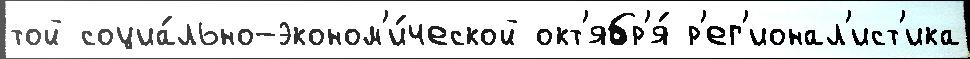
той социа́льно-эконом'и́ческой окт'ябр'я́ р'ег'ионал'ист'ика